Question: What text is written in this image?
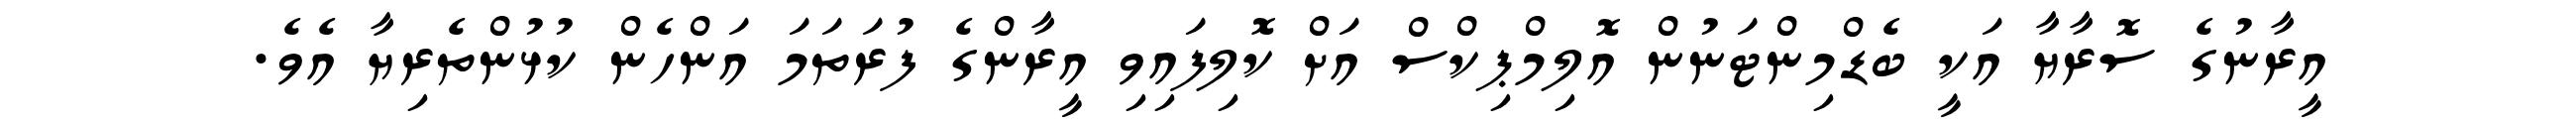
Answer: އީރާނުގެ ސޮރާޔާ އަކީ ބެޑްމިންޓަނުން އޮލިމްޕިކްސް އަށް ކޮލިފައިވި އީރާންގެ ފުރަތަމަ އަންހެން ކުޅުންތެރިޔާ އެވެ.